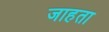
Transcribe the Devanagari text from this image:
जाहता